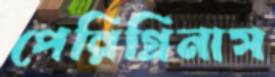
পেরিগ্রিনাস